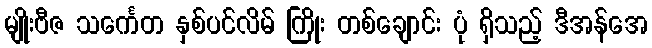
မျိုးဗီဇ သင်္ကေတ နှစ်ပင်လိမ် ကြိုး တစ်ချောင်း ပုံ ရှိသည့် ဒီအန်အေ